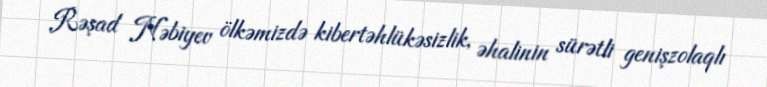
Rəşad Nəbiyev ölkəmizdə kibertəhlükəsizlik, əhalinin sürətli genişzolaqlı